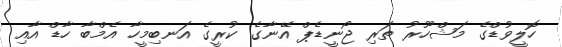
ހޮލީވުޑްގެ މަޝްހޫރު ތަރި ޖޯނީޑެޕް އޭނާގެ ކުރީގެ އަނބިމީހާ އެމްބާ ހާޑް އާއި